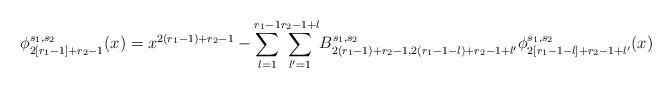
LaTeX: \begin{align*} \phi^{s_1, s_2}_{2[r_1-1]+r_2-1}(x) = x^{2(r_1-1)+r_2-1} - \underset{l=1}{\overset{r_1-1}{\sum}} \underset{l'=1}{\overset{r_2-1+l}{\sum}} B^{s_1, s_2}_{2(r_1-1)+r_2-1, 2(r_1-1-l)+ r_2-1+l'} \phi^{s_1, s_2}_{2[r_1-1-l]+r_2-1+l'}(x) \end{align*}